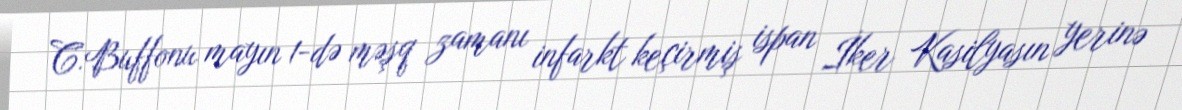
C.Buffonu mayın 1-də məşq zamanı infarkt keçirmiş ispan İker Kasilyasın yerinə